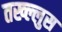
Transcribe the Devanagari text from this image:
तख्ल्लुस